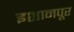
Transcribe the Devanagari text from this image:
इशानपूर